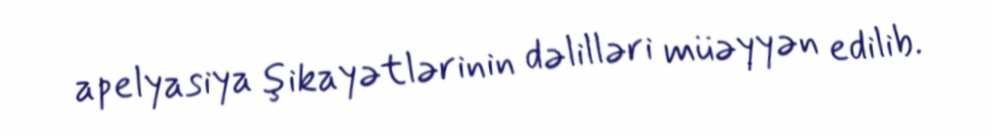
apelyasiya şikayətlərinin dəlilləri müəyyən edilib.